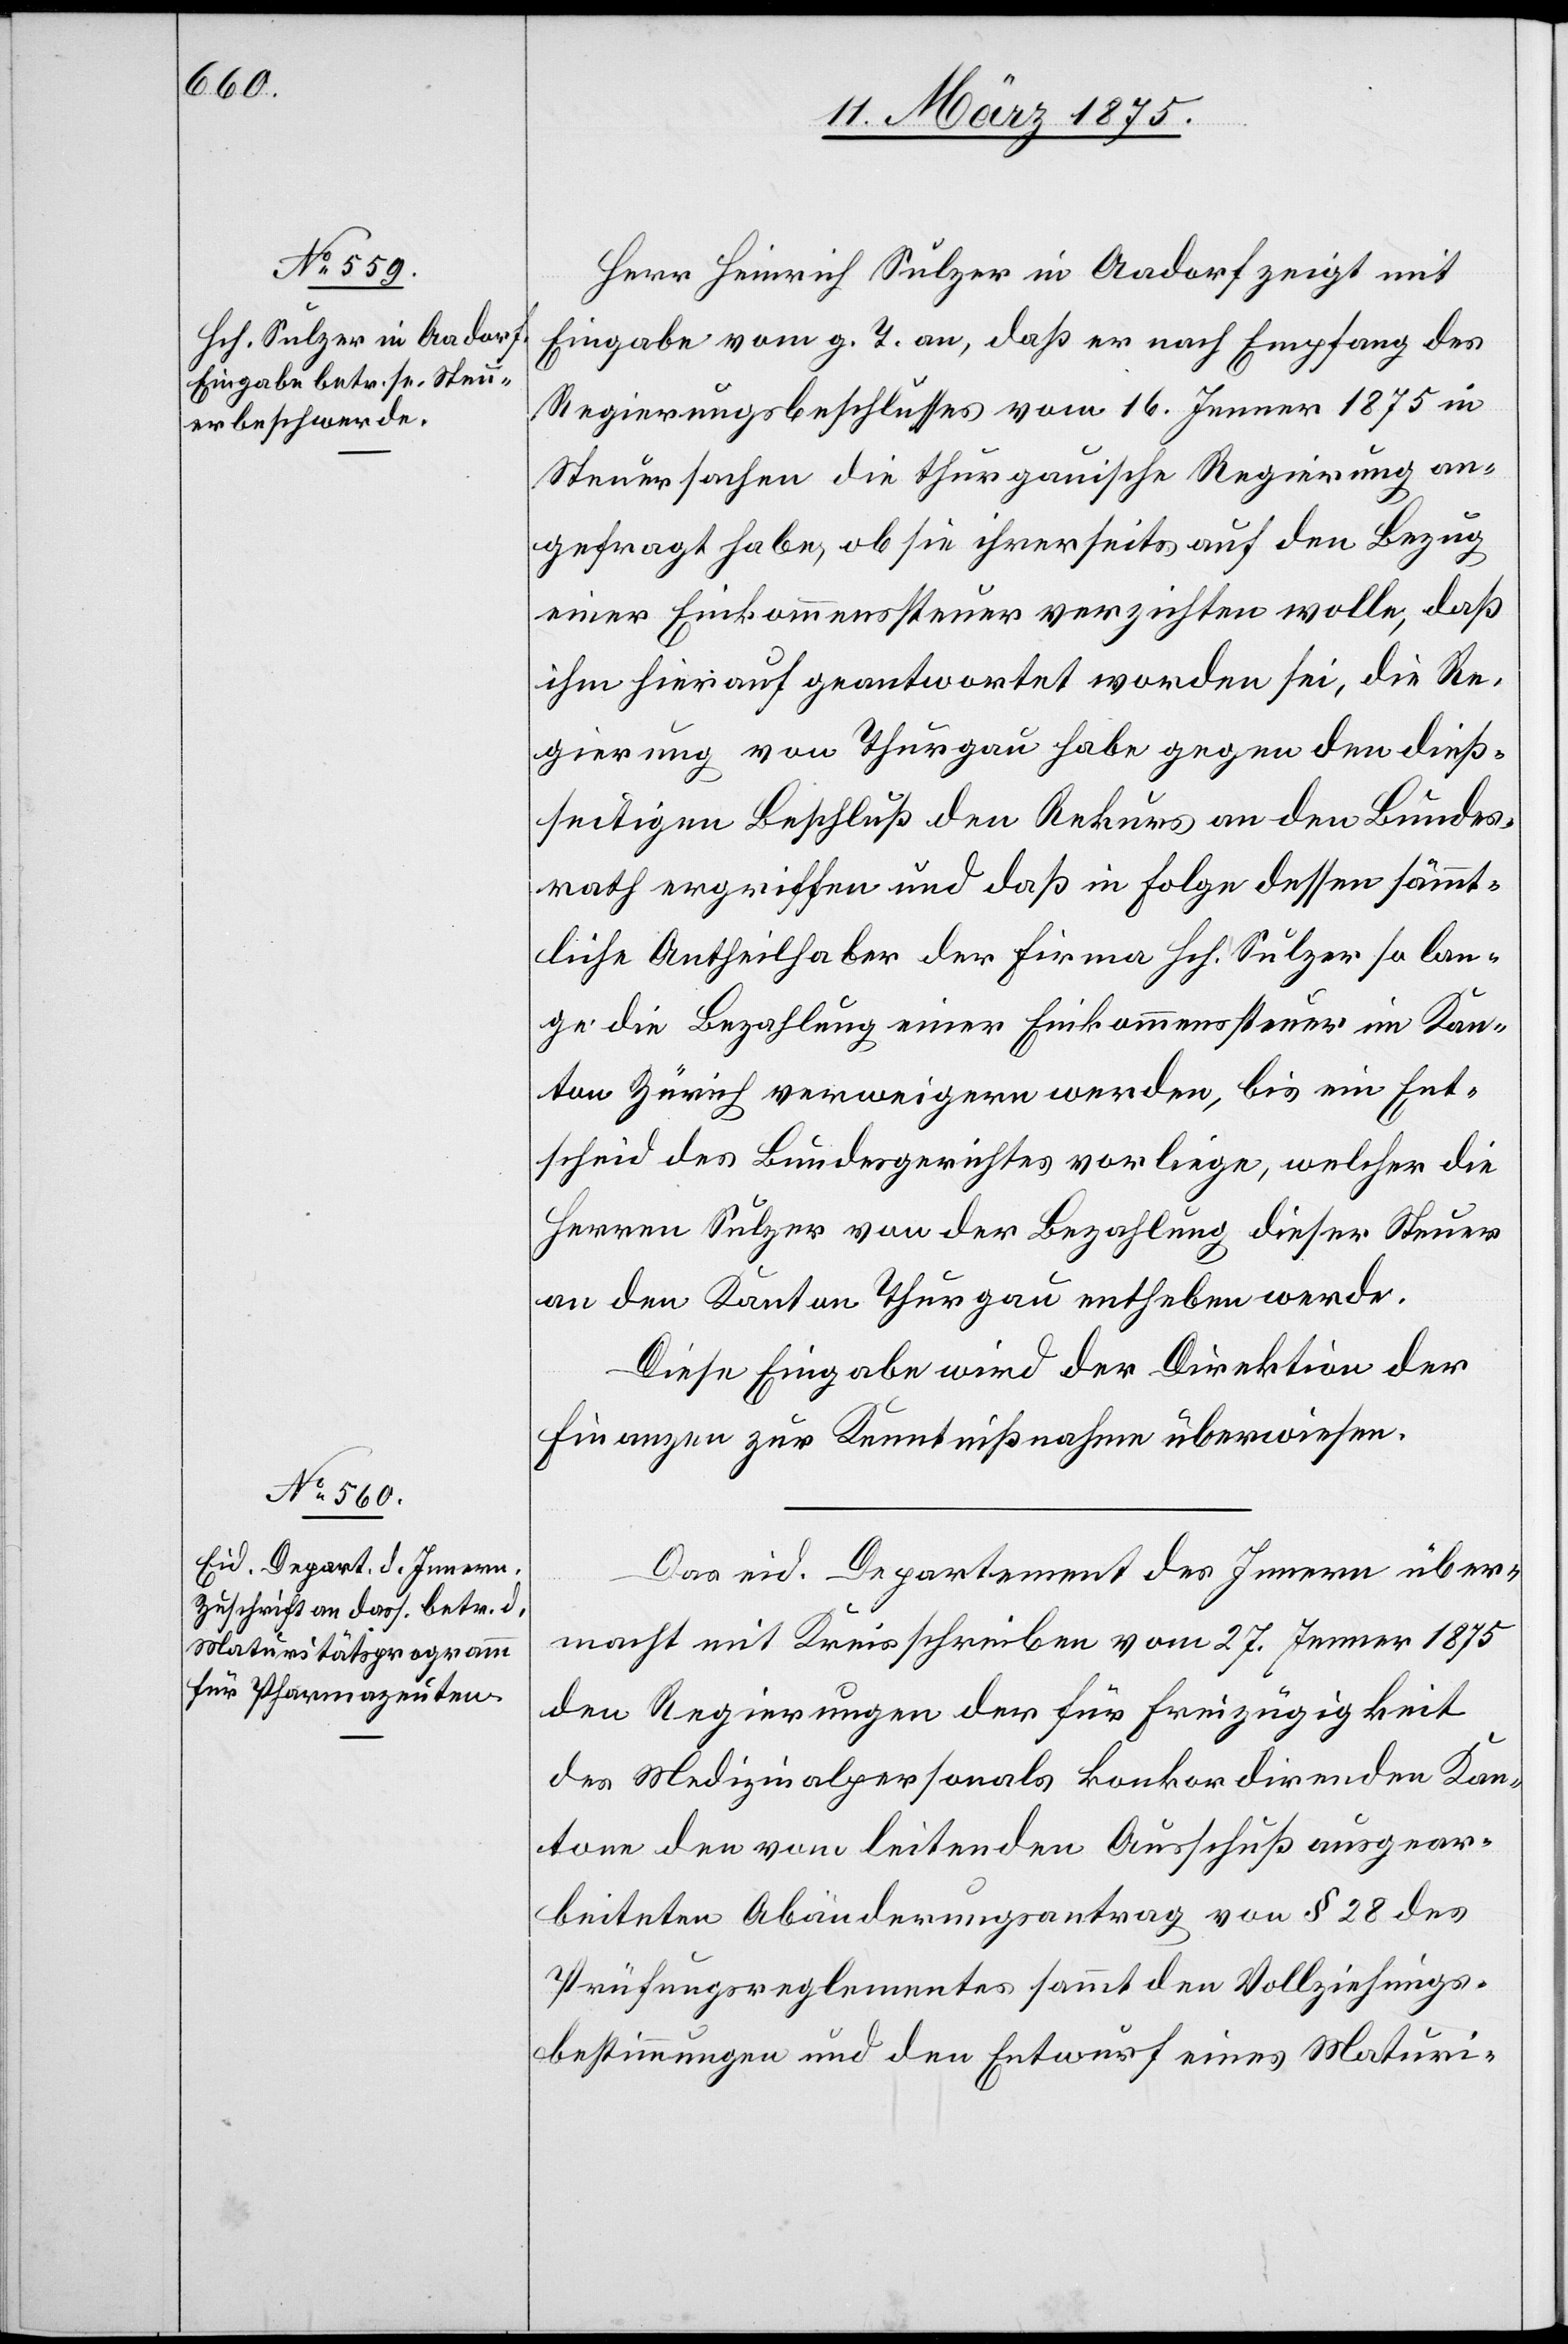
Herr Heinrich Sulzer in Aadorf zeigt mit
Eingabe vom g. T. an, daß er nach Empfang des
Regierungsbeschlusses vom 16. Jenner 1875 in
Steuersachen die thurgauische Regierung an¬
gefragt habe, ob sie ihrerseits auf den Bezug
einer Einkommenssteuer verzichten wolle, daß
ihm hierauf geantwortet worden sei, die Re¬
gierung von Thurgau habe gegen den dieß¬
seitigen Beschluß den Rekurs an den Bundes¬
rath ergriffen und daß in Folge dessen sämt¬
liche Antheilhaber der Firma Hrh. Sulzer so lan¬
ge die Bezahlung einer Einkommenssteuer im Kan¬
ton Zürich verweigern werden, bis ein Ent¬
scheid des Bundesgerichtes vorliege, welcher die
Herren Sulzer von der Bezahlung dieser Steuer
an den Kanton Thurgau entheben werde.
Diese Eingabe wird der Direktion der
Finanzen zur Kenntnißnahme überwiesen.
Das eid. Departement des Innern über¬
macht mit Kreisschreiben vom 27. Jenner 1875
den Regierungen der für Freizügigkeit
des Medizinalpersonals konkordirenden Kan¬
tone den vom leitenden Ausschuß ausgear¬
beiteten Abänderungsantrag von § 28 des
Prüfungsreglementes sammt den Vollziehungs¬
bestimmungen und den Entwurf eines Maturi-